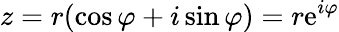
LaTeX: z=r(\cos\varphi+i\sin\varphi)=r\mathrm{e}^{i\varphi}